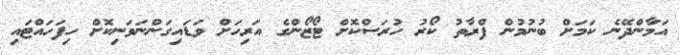
އަމާންދޭނެ ކަމަށް ބުނުމުން ފްރާތު ކޯރު ހުރަސްކޮށް ޓޯޒޯންގެ އަރިހަށް ވަޑައިގަންނަވަނިކޮށް ހިފަހައްޓައި